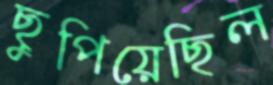
ছুপিয়েছিল